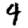
Digit: 4